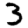
Digit: 3